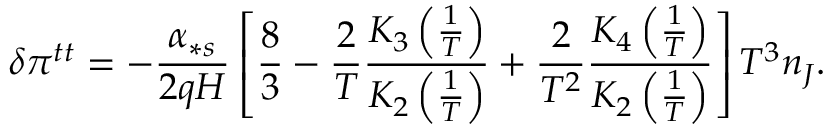
\delta \pi ^ { t t } = - \frac { \alpha _ { \ast s } } { 2 q H } \left[ \frac { 8 } { 3 } - \frac { 2 } { T } \frac { K _ { 3 } \left( \frac { 1 } { T } \right) } { K _ { 2 } \left( \frac { 1 } { T } \right) } + \frac { 2 } { T ^ { 2 } } \frac { K _ { 4 } \left( \frac { 1 } { T } \right) } { K _ { 2 } \left( \frac { 1 } { T } \right) } \right] T ^ { 3 } n _ { J } .